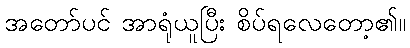
အတော်ပင် အာရုံယူပြီး စိပ်ရလေတော့၏။